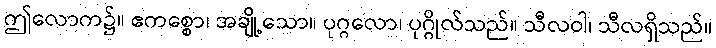
ဤလောက၌။ ဧကစ္စော၊ အချို့သော။ ပုဂ္ဂလော၊ ပုဂ္ဂိုလ်သည်။ သီလဝါ၊ သီလရှိသည်။